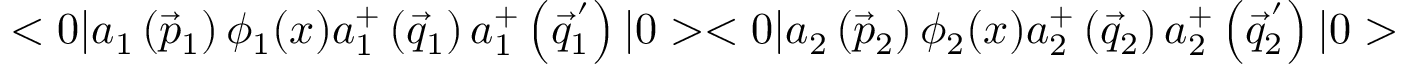
< 0 | a _ { 1 } \left( \vec { p } _ { 1 } \right) { \phi } _ { 1 } ( x ) a _ { 1 } ^ { + } \left( \vec { q } _ { 1 } \right) a _ { 1 } ^ { + } \left( \vec { q } _ { 1 } ^ { \, ^ { \prime } } \right) | 0 > < 0 | a _ { 2 } \left( \vec { p } _ { 2 } \right) { \phi } _ { 2 } ( x ) a _ { 2 } ^ { + } \left( \vec { q } _ { 2 } \right) a _ { 2 } ^ { + } \left( \vec { q } _ { 2 } ^ { \, ^ { \prime } } \right) | 0 >